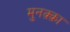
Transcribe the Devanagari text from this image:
मुनक़्क़ा